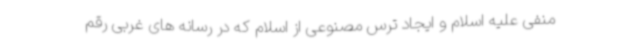
منفی علیه اسلام و ایجاد ترس مصنوعی از اسلام که در رسانه های غربی رقم